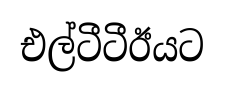
එල්ටීටීඊයට